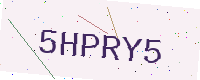
Text: 5HPRY5